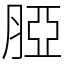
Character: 𦜖